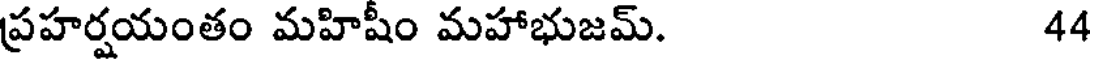
ప్రహర్షయంతం మహిషీం మహాభుజమ్. 44